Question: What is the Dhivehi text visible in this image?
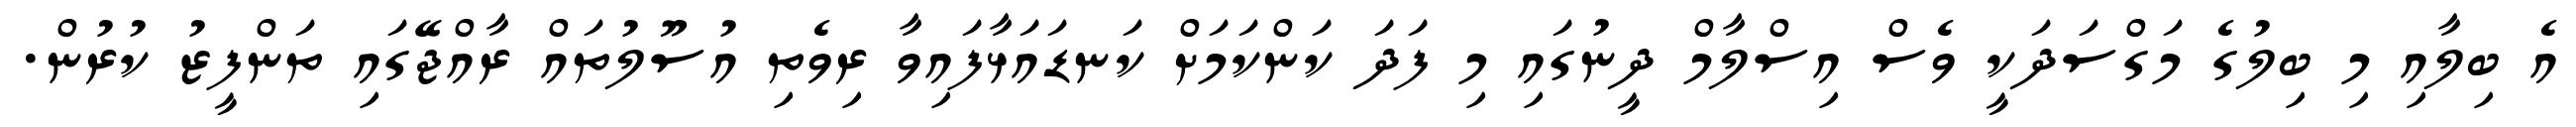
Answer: އެ ބިލާއި މި ބިލުގެ މަގްސަދަކީ ވެސް އިސްލާމް ދީނުގައި މި ފަދަ ކަންކަމަށް ކަނޑައަޅާފައިވާ ރިވެތި އުސޫލުތައް ރާއްޖޭގައި ތަންފީޒު ކުރުން.